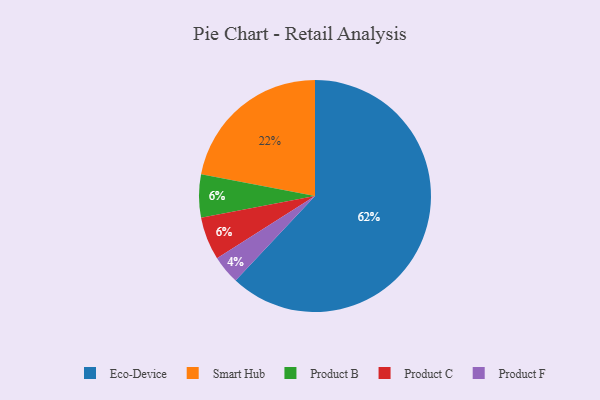
{"axis": {"x": "Category", "y": "Percentage"}, "legend": ["Eco-Device", "Product B", "Product C", "Product F", "Smart Hub"], "data": [{"x": "Product B", "y": 6, "type": "Product B"}, {"x": "Smart Hub", "y": 22, "type": "Smart Hub"}, {"x": "Eco-Device", "y": 62, "type": "Eco-Device"}, {"x": "Product F", "y": 4, "type": "Product F"}, {"x": "Product C", "y": 6, "type": "Product C"}]}